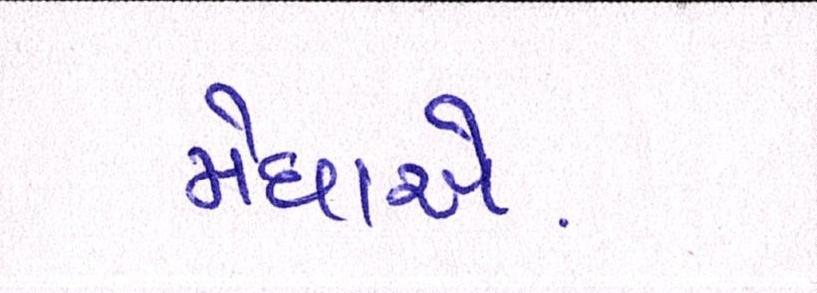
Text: મેઘાએ